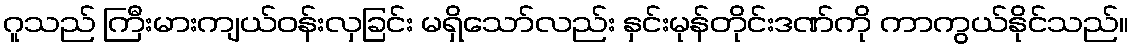
ဂူသည် ကြီးမားကျယ်ဝန်းလှခြင်း မရှိသော်လည်း နှင်းမုန်တိုင်းဒဏ်ကို ကာကွယ်နိုင်သည်။